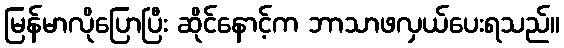
မြန်မာလိုပြောပြီး ဆိုင်နောင့်က ဘာသာဖလှယ်ပေးရသည်။